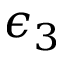
\epsilon _ { 3 }